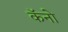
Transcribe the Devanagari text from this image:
कॅनो